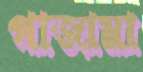
পাজামা